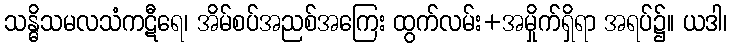
သန္ဓိသမလသံကဋီရေ၊ အိမ်စပ်အညစ်အကြေး ထွက်လမ်း+အမှိုက်ရှိရာ အရပ်၌။ ယဒါ၊